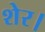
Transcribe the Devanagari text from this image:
शेर।